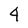
Character: 4